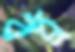
বব্র